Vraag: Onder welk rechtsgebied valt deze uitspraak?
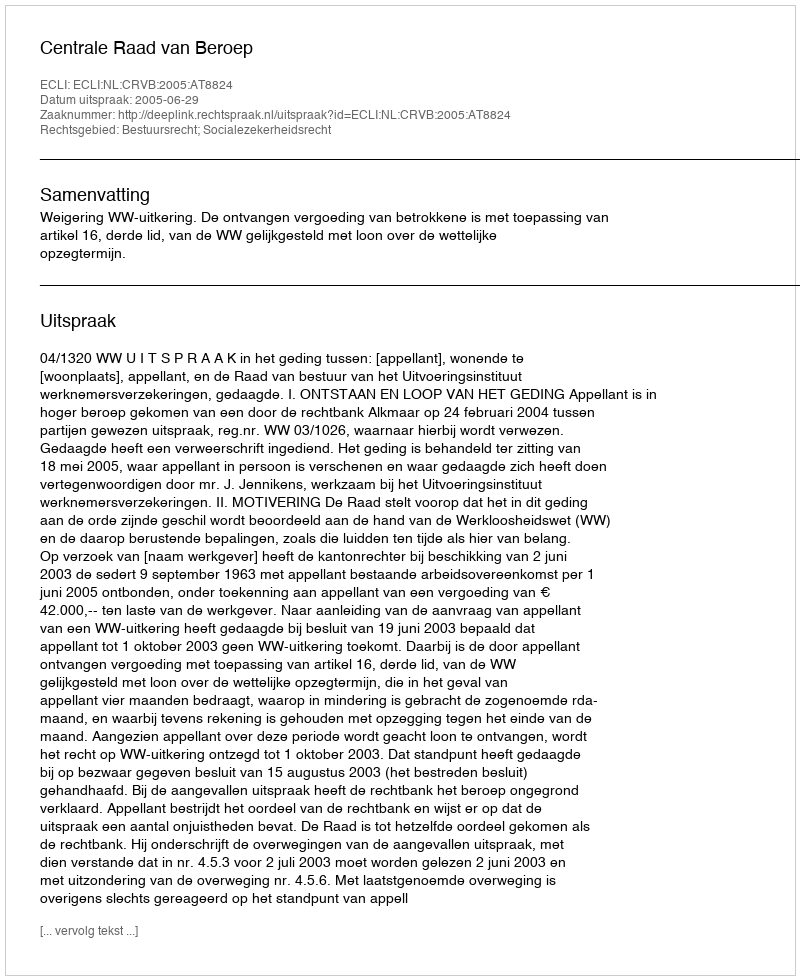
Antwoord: Bestuursrecht; Socialezekerheidsrecht